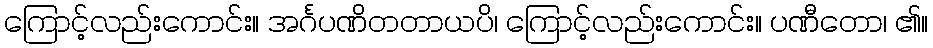
ကြောင့်လည်းကောင်း။ အင်္ဂပဏိတတာယပိ၊ ကြောင့်လည်းကောင်း။ ပဏီတော၊ ၏။